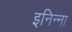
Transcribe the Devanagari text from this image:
इनिन्ना